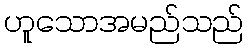
ဟူသောအမည်သည်